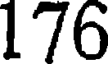
176